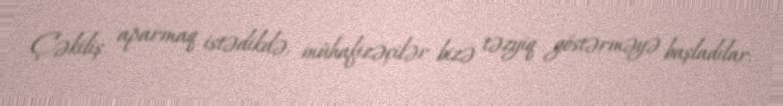
Çəkiliş aparmaq istədikdə, mühafizəçilər bizə təzyiq göstərməyə başladılar.